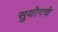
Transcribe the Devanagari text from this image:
सुयोगचे